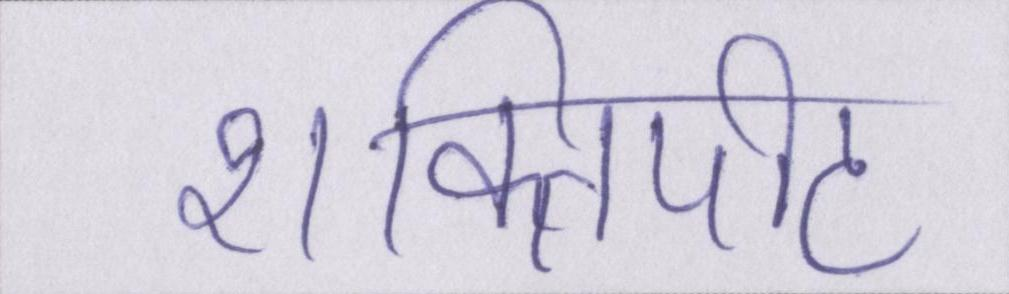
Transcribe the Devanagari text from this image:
शक्तिपीठ